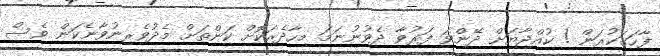
ފާހަގަކުރަން ! ކުއްޖާޔަށް ދޭންވަ ފަރުވާ ދެވުނުނަމަ މިހާދެރަކޮށް ކަންތަށް މެދުވެރިނުވާނެކަން ވެސް